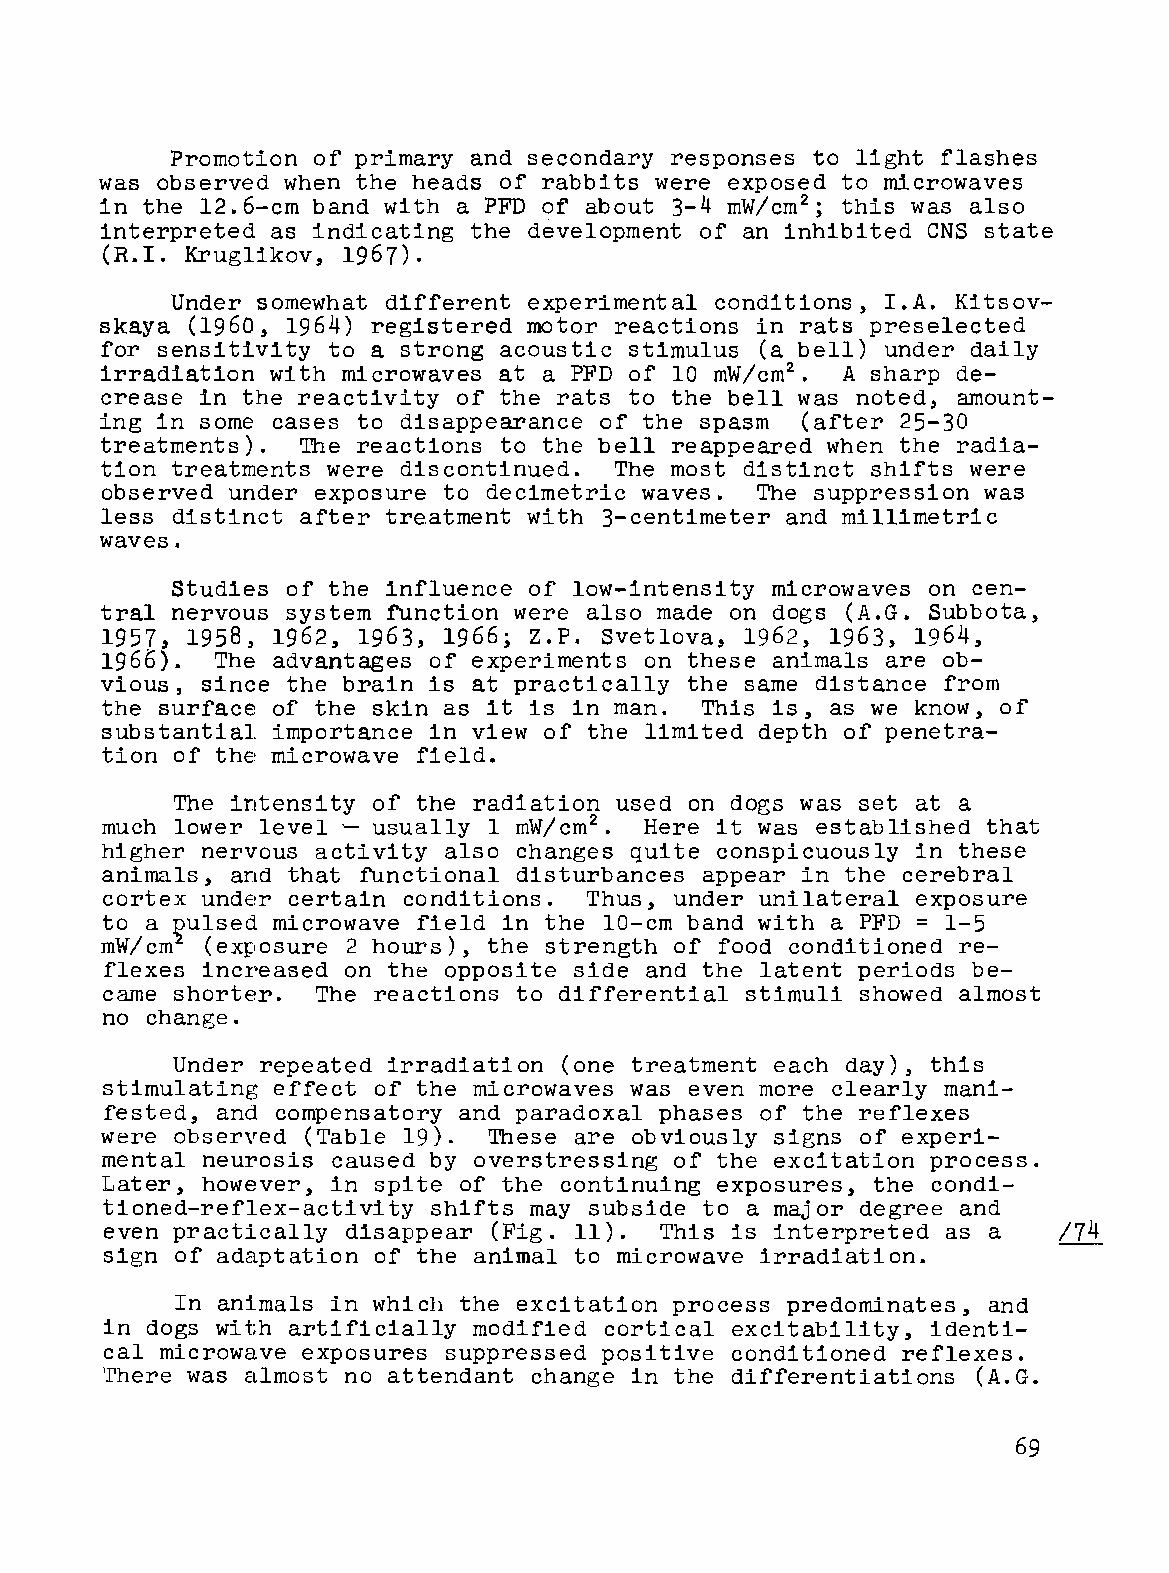
Promotion of primary and secondary responses to light flashes
 was observed when the heads of rabbits were exposed to microwaves
 in the 12.6-cm band with a PFD of about 3-4 mW/cm2 this was also
 ;
 interpreted as indicating the development of an inhibited eNS state
 (R.I. Kruglikov, 1967).
 Under somewhat different experimental conditions, I.A. Kitsov
 skaya (1960, 1964) registered motor reactions in rats preselected
 for sensitivity to a strong acoustic stimulus (a bell) under daily
 irradiation with microwaves at a PFD of 10 mW/cm2 A sharp de
 •
 crease in the reactivity of the rats to the bell was noted, amount
 ing in some cases to disappearance of the spasm (after 25-30
 treatments). The reactions to the bell reappeared when the radia
 tion treatments were discontinued. The most distinct shifts were
 observed under exposure to decimetric waves. The suppression was
 less distinct after treatment with 3-centimeter and millimetric
 waves.
 Studies of the influence of low-intensity microwaves on cen
 tral nervous system function were also made on dogs (A.G. Subbota,
 1957, 1958, 1962, 1963, 1966; Z.P. Svetlova, 1962, 1963, 1964,
 1966). The advantages of experiments on these animals are ob
 vious, since the brain is at practically the same distance from
 the surface of the skin as it is in man. This is, as we know, of
 substantial. importance in view of the limited depth of penetra
 tion of the microwave field.
 The intensity of the radiation used on dogs was set at a
 much lower level ~ usually 1 mW/cm2 • Here it was established that
 higher nervous activity also changes quite conspicuously in these
 animals, and that functional disturbances appear in the cerebral
 cortex under certain conditions. Thus, under unilateral exposure
 =
 to a       microwave field in the 10-cm band with a PFD 1-5
 ~ulsed
 mW/cm  (exposure 2 hours), the strength of food conditioned re
 flexes increased on the opposite side and the latent periods be
 came shorter. The reactions to differential stimuli showed almost
 no change.
 Under repeated irradiation (one treatment each day), this
 stimulating effect of the microwaves was even more clearly mani
 fested, and compensatory and paradoxal phases of the reflexes
 were observed (Table 19). These are obvious ly signs of experi
 mental neurosis caused by overstressing of the excitation process.
 Later, however, in spite of the continuing exposures, the condi
 tioned-reflex-activity shifts may subside to a major degree and
 even practically disappear (Fig. 11). This is interpreted as a /74
 sign of adaptation of the animal to microwave irradiation.
 In animals in which the excitation process predominates, and
 in dogs with artificially modified cortical excitability, identi
 cal microwave exposures suppressed positive conditioned reflexes.
 There was almost no attendant change in the differentiations (A.G.
 69